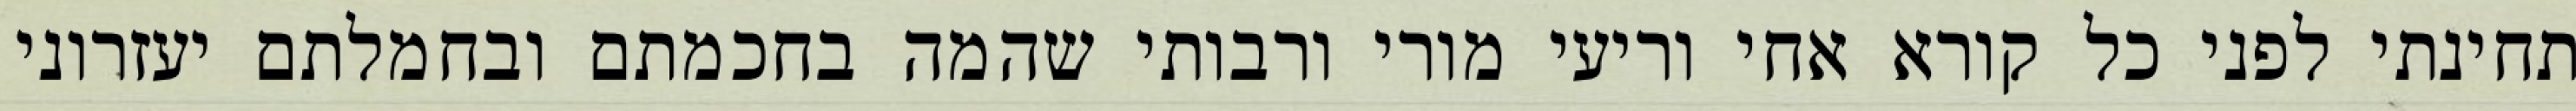
תחינתי לפני כל קורא אחי וריעי מורי ורבותי שהמה בחכמתם ובחמלתם יעזרוני